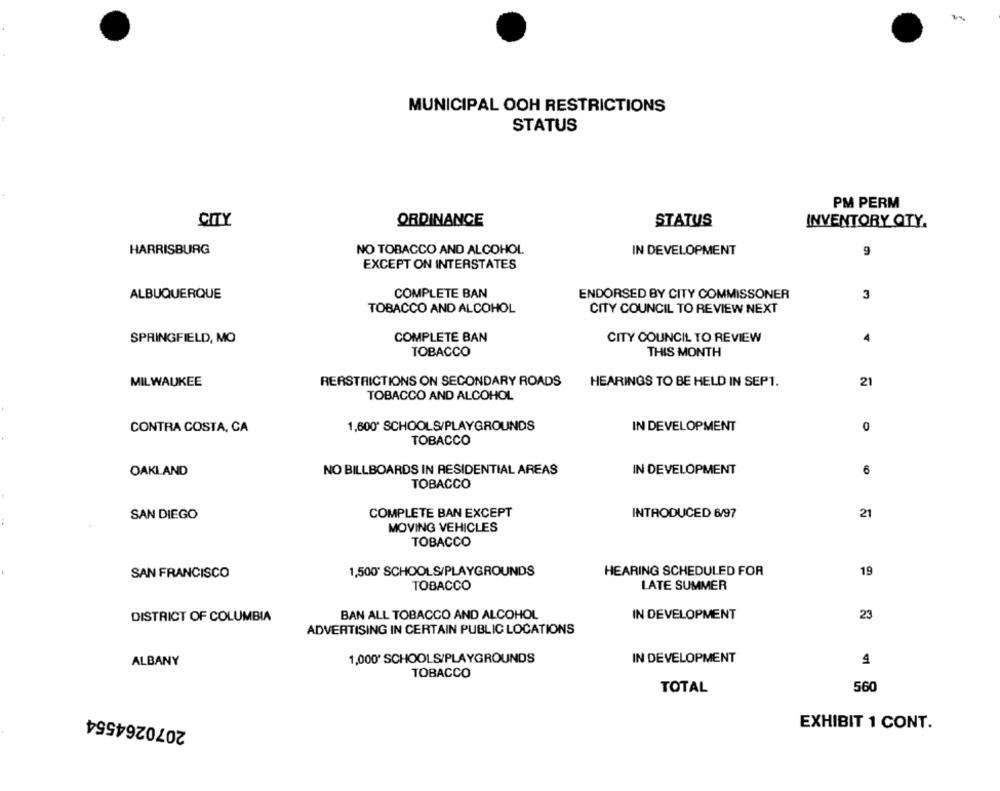
MUNICIPAL OOH RESTRICTIONS
STATUS
PM PERM
ORDINANCE
STATUS
CITY
INVENTORY QTY.
HARRISBURG
NO TOBACCO AND ALCOHOL
IN DEVELOPMENT
9
EXCEPT ON INTERSTATES
COMPLETE BAN
ALBUQUERQUE
ENDORSED BY CITY COMMISSONER
3
TOBACCO AND ALCOHOL
CITY COUNCIL TO REVIEW NEXT
SPRINGFIELD, MO
COMPLETE BAN
CITY COUNCIL TO REVIEW
4
TOBACCO
THIS MONTH
MILWAUKEE
RERSTRICTIONS ON SECONDARY ROADS
HEARINGS TO BE HELD IN SEPT.
21
TOBACCO AND ALCOHOL
1,600* SCHOOLS/PLAYGROUNDS
IN DEVELOPMENT
0
CONTRA COSTA, CA
TOBACCO
OAKLAND
NO BILLBOARDS IN RESIDENTIAL AREAS
IN DEVELOPMENT
6
TOBACCO
COMPLETE BAN EXCEPT
INTRODUCED 6/97
21
SAN DIEGO
MOVING VEHICLES
TOBACCO
SAN FRANCISCO
1,500 SCHOOLS/PLAYGROUNDS
HEARING SCHEDULED FOR
19
TOBACCO
LATE SUMMER
DISTRICT OF COLUMBIA
BAN ALL TOBACCO AND ALCOHOL
IN DEVELOPMENT
23
ADVERTISING IN CERTAIN PUBLIC LOCATIONS
ALBANY
1,000* SCHOOLS/PLAYGROUNDS
IN DEVELOPMENT
4
TOBACCO
TOTAL
560
2070264554
EXHIBIT 1 CONT.